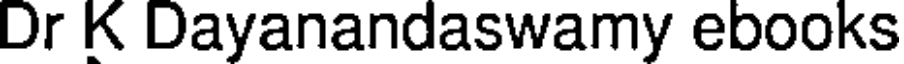
Dr K Dayanandaswamy ebooks